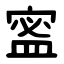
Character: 䀄